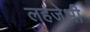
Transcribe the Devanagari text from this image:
लहजेभी